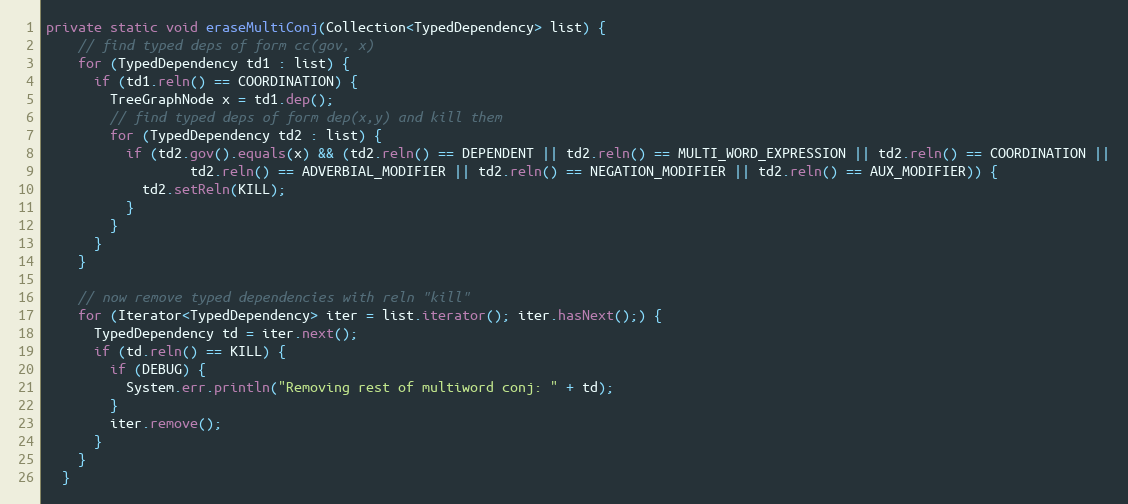
Language: Java
private static void eraseMultiConj(Collection<TypedDependency> list) {
    // find typed deps of form cc(gov, x)
    for (TypedDependency td1 : list) {
      if (td1.reln() == COORDINATION) {
        TreeGraphNode x = td1.dep();
        // find typed deps of form dep(x,y) and kill them
        for (TypedDependency td2 : list) {
          if (td2.gov().equals(x) && (td2.reln() == DEPENDENT || td2.reln() == MULTI_WORD_EXPRESSION || td2.reln() == COORDINATION ||
                  td2.reln() == ADVERBIAL_MODIFIER || td2.reln() == NEGATION_MODIFIER || td2.reln() == AUX_MODIFIER)) {
            td2.setReln(KILL);
          }
        }
      }
    }

    // now remove typed dependencies with reln "kill"
    for (Iterator<TypedDependency> iter = list.iterator(); iter.hasNext();) {
      TypedDependency td = iter.next();
      if (td.reln() == KILL) {
        if (DEBUG) {
          System.err.println("Removing rest of multiword conj: " + td);
        }
        iter.remove();
      }
    }
  }